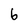
Character: 6